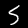
Digit: 5